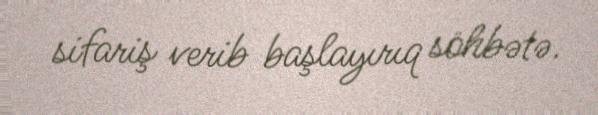
sifariş verib başlayırıq söhbətə.